Calcutta medical institutions reports 1892-1900
Year: 1892
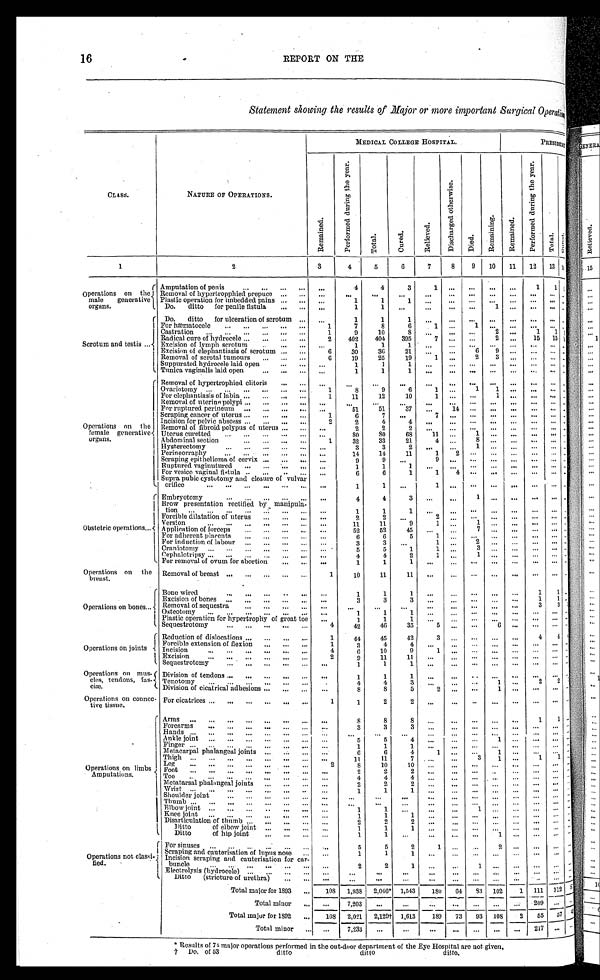
16
REPORT ON THE
S t a t e m e n t s h o w i n g t h e r e s u l t s o f Ma j o r o r m o r e i m p o r t a n t S u r g i c a l O p e r a t i o n
CLASS.
NATURE OF OPERATIONS.
MEDICAL COLLEGE HOSPITAL.
PRESI DENCY
R e ma i n e d .
P e r f o r m e d d u r i n g t h e y e a r .
T o t a l .
C u r e d .
R e l i e v e d .
D i s c h a r g e d o t h e r w i s e .
Di e d.
R e m a i n i n g .
R e m a i n e d .
P e r f o r m e d d u r i n g t h e y e a r .
T o t a l .
Cur ed.
1
2
3
4
5
6
7
8 9 10 11 12 13 14
Operations on the
male generative
organs.
Amputation of penis
4
4
3
1
1 1 1
Removal of hypertropphied prepuce
Plastic operation for imbedded pains
1
1
1
Do. ditto for penile fistula
1
1
1
Scrotum and testis
Do. ditto for ulceration of scrotum
1
1
1
For hæmatocele
1
7
8
6
1
1
Castration
1
9
10
8
2
1 1 1
Radical cure of hydrocele
2 402 404 395
7
2 - 15 15
Excision of lymph scrotum
1
1
1
Excision of elephantiasis of scrotum
6
30
36
21
6 9
Removal of scrotal tumours
6 19
25
19
1
2
3
Suppurated hydrocele laid open
1
1
1
Tunica vaginalis laid open
1
1
1
Operations on the
female generative
organs.
Removal of hypertrophied clitoris
_
Ovariotomy
1
8
9
6
1
1
1
For elephantiasis of labia
1
11
12
10
1
1
R e m o v a l o f u t e r i n e p o l y p i
For ruptured perineum
5 1
5 1
37
14
Scraping cancer of uterus
1
6
7
7
Incision for pelvic abscess
2
2
4
4
Removal of fibroid polypus of uterus
2
2
2
Uterus curetted
8 0
80
68
11
1
Abdominal section
1
32
33
21
4
8
Hysterectomy
3
3
2
1
Perineorraphy
1.4
14
11
1 2
Scraping epithelioma of cervix.
9
9
9
Ruptured vaginutured
1
1
1
For vesico vaginal fistula
6
6
1
1 4
Supra pubic cystotomy and closure of vulva
r orifice
1
1
1
Obstetric operations
Embryotomy
4
4
3
1
Brow presentation rectified by manipula- t i o n
1
1
1
Forcible dilatation. of uterus
2
2
2
Version
11
11
9
1
1
Application of forceps
52
52
45
7
For adherent placenta
6
6
5
1
For induction of labour
3
3
1
2
Craniotomy
5
5
1
1
3
Cephalotripsy
4
4
2
1
1
For removal of ovum for abortion
1
1
1
Operations on the
breast.
Removal of breast
1
10
11
11
Operations on bones
Bone wired
1
1
1
1 1
Excision of bones
3
3
3
1 1
Removal of sequestra
3 3
Osteotomy
1
1
1
Plastic operation for hypertrophy of great toe
1
1
1
S e q u e s t r o t o m y
4
42
46
35
5
6
Operations on joints
Reduction of dislocations
1
44
45
42
3
4 4
Forcible extension of flexion
1
3
4
4
Incision
4
6
10
9
1
Excision
2
9
11
11
.
S e q u e s t r o t o m y
1
1
1
-
Operations on mus-
cles, tendons, fas-
ciæ.
Division of tendons
1
1
1
Tenotomy
4
4
3
1
2 2
Division of cicatrical adhesions
8
8
5
2
1
Operations on connec-
tive tissue.
For cicatrices
1
1
2
2
Operations on limbs
Amputations.
Arms
8
8
8
1 1
Forearms
3
3
3
Hands Ankle joint
5
5
4
1
Finger
1
1
1
Metacarpal phalangeal joints
6
6
4
1
1
Thigh
11
11
7
3 1
1 1
Leg
2
8
10
10
Foot
2
2
2
T o e
4
4
4
Metatarsal phalangeal joints
2
2
2
W r i s t
1
1
1
Shoulder joint
Thumb
Elbow joint
1
1
1
Knee joint
1
1
1
Disarticulation of thumb
2
2
2
Ditto of elbow joint
1
1
1
Ditto of hip joint
1
1
1
Operations not classi-
fied.
For sinuses
5
5
2
1
2
Scraping and cauterisation of lupus nose
1
1
1
Incision scraping and cauterisation. for car-
buncle
2
2
1
1
Electrolysis (hydrocele)
D i t t o ( s t r i c t u r e o f u r e t h r a )
Total major for 1893
108 1,938 2,046* 1,543 180 64 83 102
1 111 1 1 2
á
7,203
2 0 9
Total major for 1892 108 2,021 2,129† 1,613 189 73 93 108 2 55 5 7
Total minor
7,233
217
* Results of 74 major operations performed in the out-door department of the Eye Hospital are not given.
† Do. of 53 ditto ditto ditto.